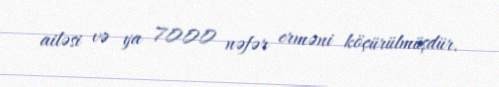
ailəsi və ya 7000 nəfər erməni köçürülmüşdür.